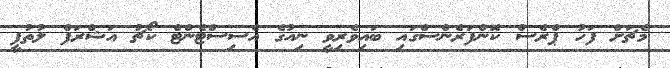
މެޗަށް ފަހު ޕްރެސް ކޮންފަރެންސްގައި ބައިވެރިވީ ނިއުގެ އެސިސްޓެންޓް ކޯޗު އަޝްރަފް ލުތުފީ